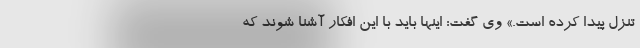
تنزل پیدا کرده است.» وی گفت: اینها باید با این افکار آشنا شوند که